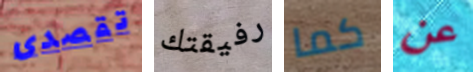
تقصدى رفيقتك كما عن